Emmaste_vallavalitsus, lk 28
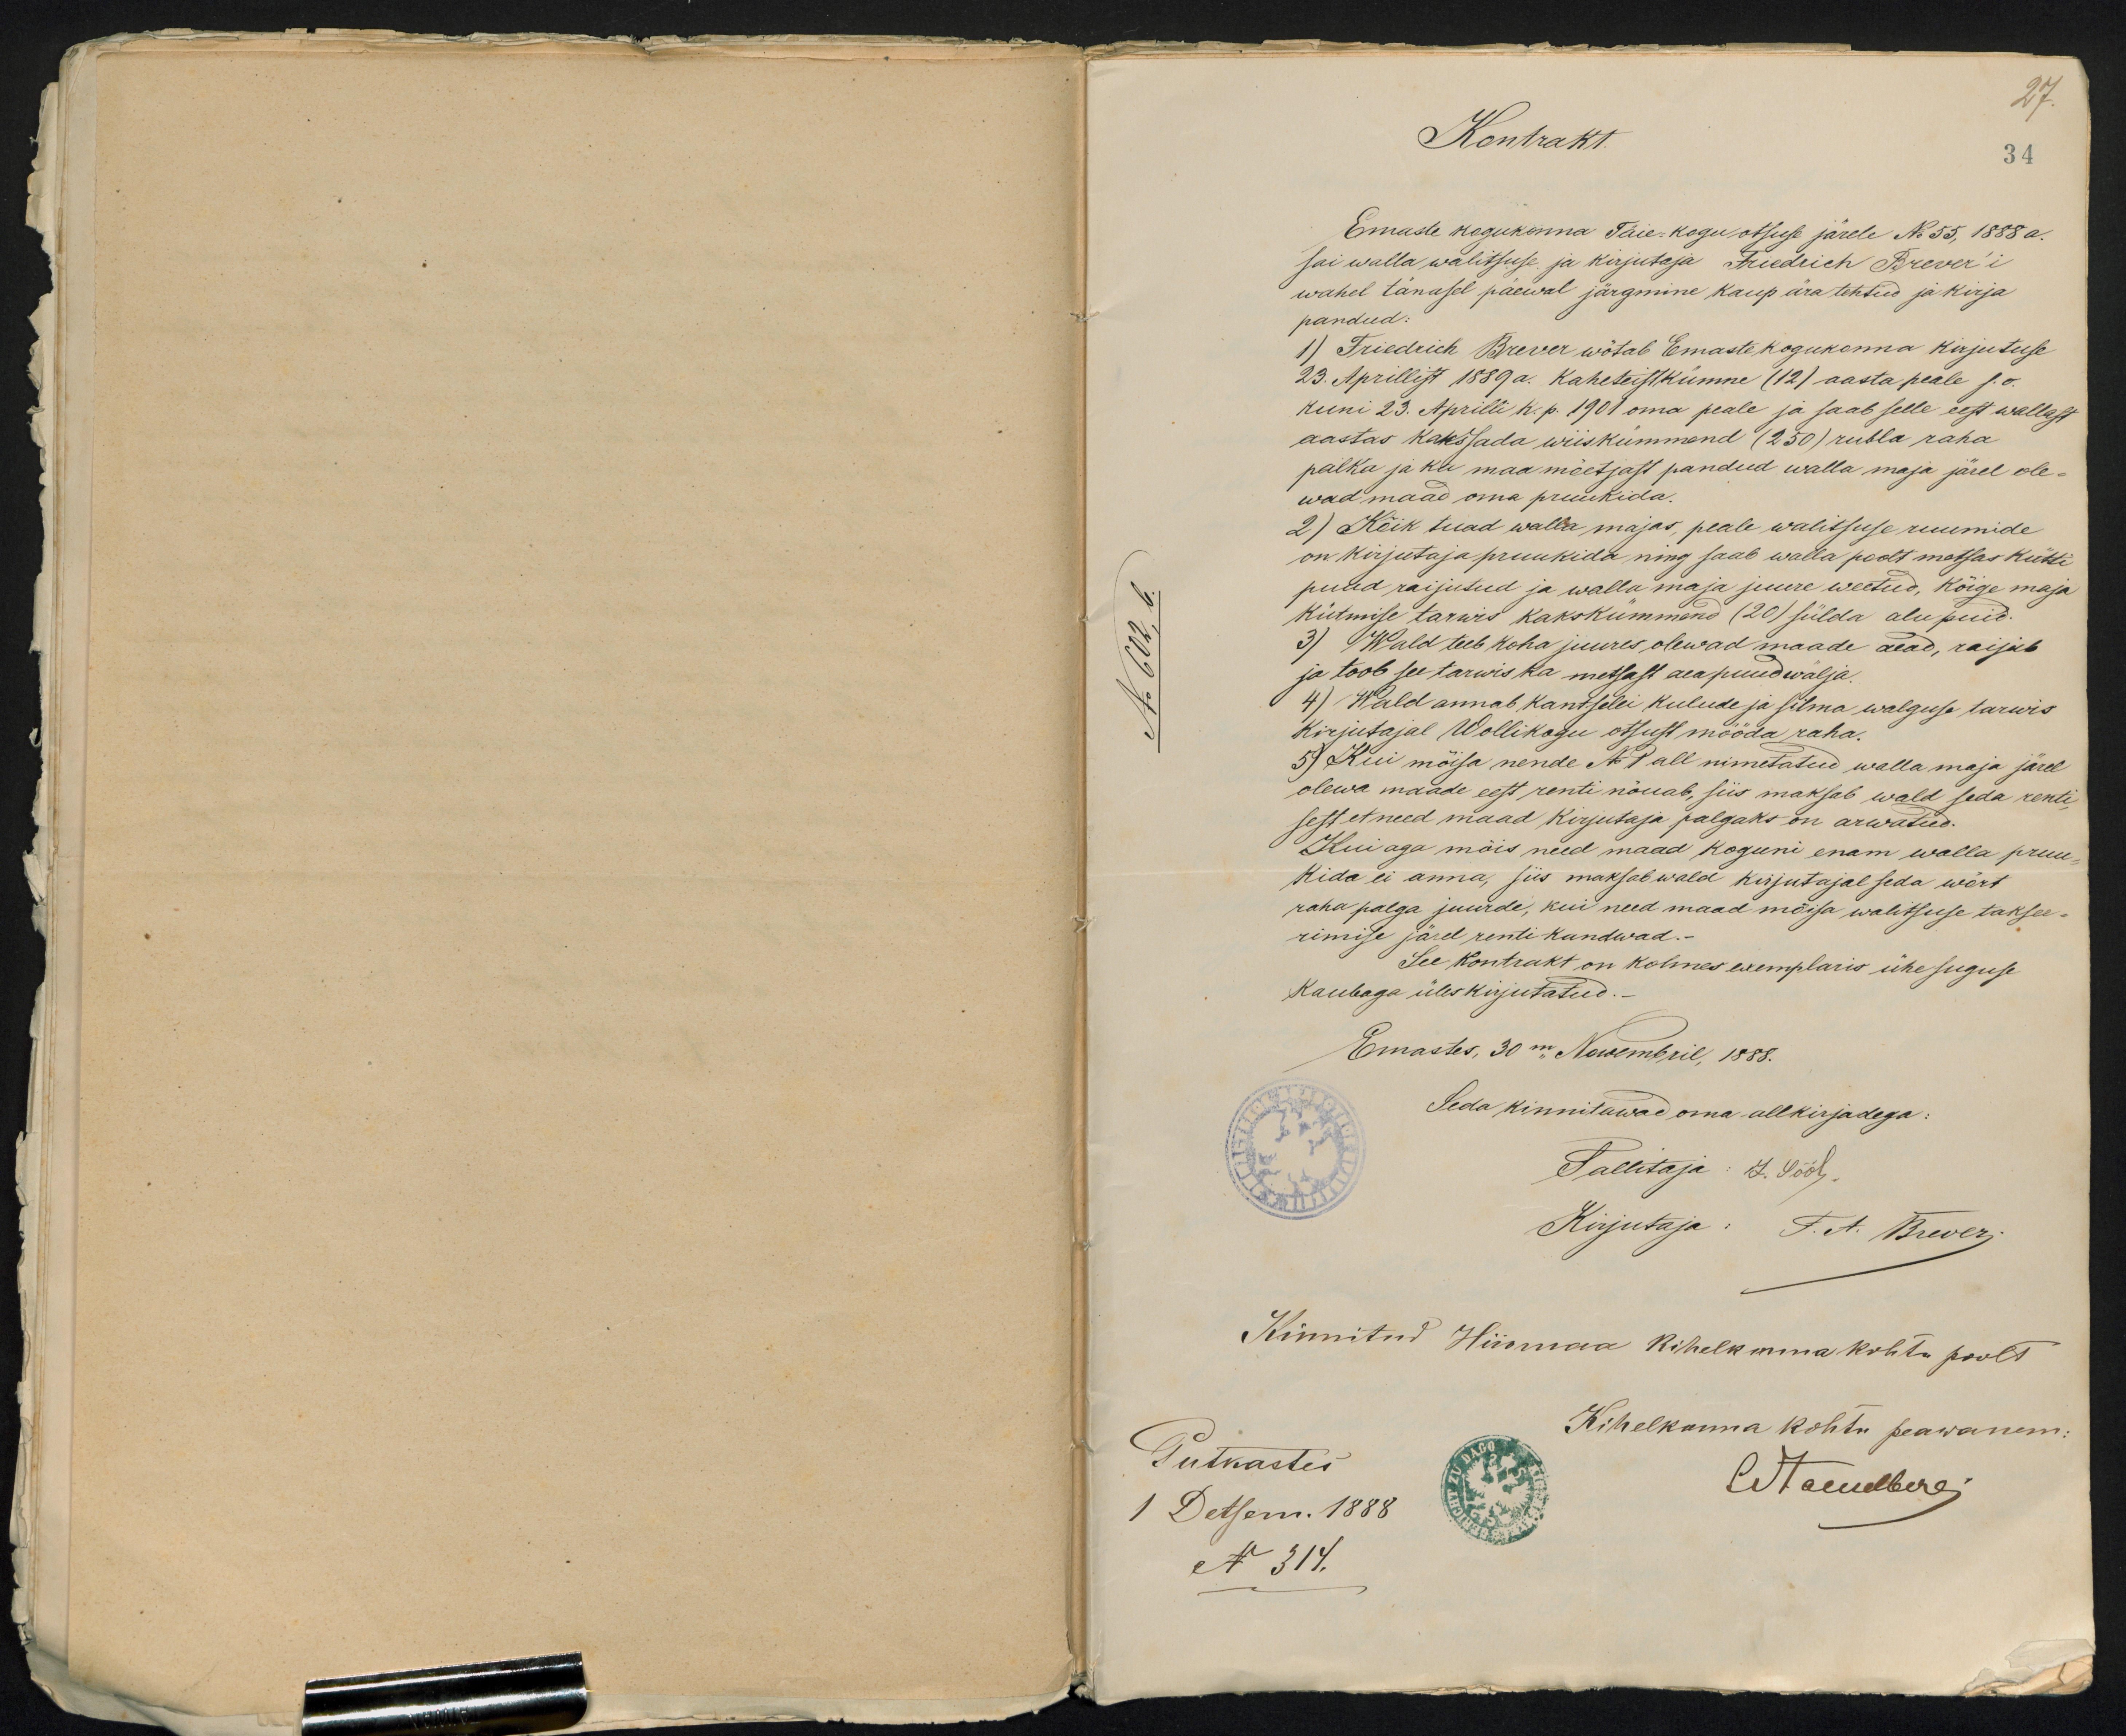
27.
Kontrakt.
34
Emaste kogukonna Täie-kogu otsuse järele No55, 1888 a.
sai walla walitsuse ja kirjutaja Friedrich Brever'i
wahel tänasel päewal järgmine kaup ära tehtud ja kirja
pandud:
1) Friedrich Brever wõtab Emaste kogukonna kirjutuse
23. Aprillist 1889 a. Kaheteistkümne (12) aasta peale s.o.
kuni 23. Aprilli k. p. 1901 oma peale ja saab selle eest wallast
aastas kakssada wiiskümmend (250) rubla raha
palka ja ka maamõetjast pandud walla maja järel ole-
wad maad oma pruukida.
2) Kõik tuad walla majas, peale walitsuse ruumide
on kirjutaja pruukida ning saab walla poolt metsas kütte
puud raijutud ja walla maja juure weetud, kõige maja
kütmise tarwis kakskümmend (20) sülda alu puid.
3) Wald teeb koha juures olewad maade aead, raijub
ja toob see tarwis ka metsast aea puud wälja.
4) Wald annab kantselei kulude ja silma walguse tarwis
Kirjutajal Wollikogu otsust mööda raha.
5) Kui mõisa nende No P all nimetatud walla maja järel
olewa maade eest renti nõuab, siis maksab wald seda renti,
sest et need maad kirjutaja palgaks on arwatud.
Kui aga mõis need maad koguni enam walla pruu-
kida ei anna, siis maksab wald kirjutajal seda wõrt
raha palga juurde, kui need maad mõisa walitsuse taksee-
rimise järel renti kandwad.-
See kontrakt on kolmes exemplaris ühe suguse
Kaubaga üleskirjutatud.
Emastes, 30 m" Nowembril, 1888.
Seda kinnitawad oma allkirjadega:
Tallitaja: J. Sööl
Kirjutaja: F. A. Brever.
Kinnitud Hiiomaa kihelkonna kohtu poolt
Putkastes
Kihelkonna kohtu peawanem:
Etawelberg
1 Detsem. 1888
N 314.